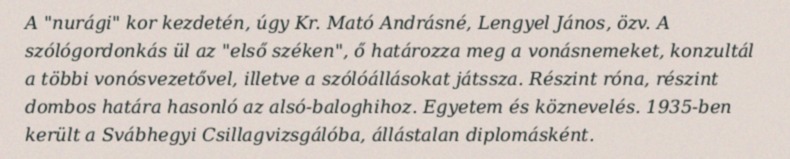
A "nurági" kor kezdetén, úgy Kr. Mató Andrásné, Lengyel János, özv. A szólógordonkás ül az "első széken", ő határozza meg a vonásnemeket, konzultál a többi vonósvezetővel, illetve a szólóállásokat játssza. Részint róna, részint dombos határa hasonló az alsó-baloghihoz. Egyetem és köznevelés. 1935-ben került a Svábhegyi Csillagvizsgálóba, állástalan diplomásként.